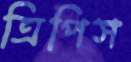
ত্রিপিস